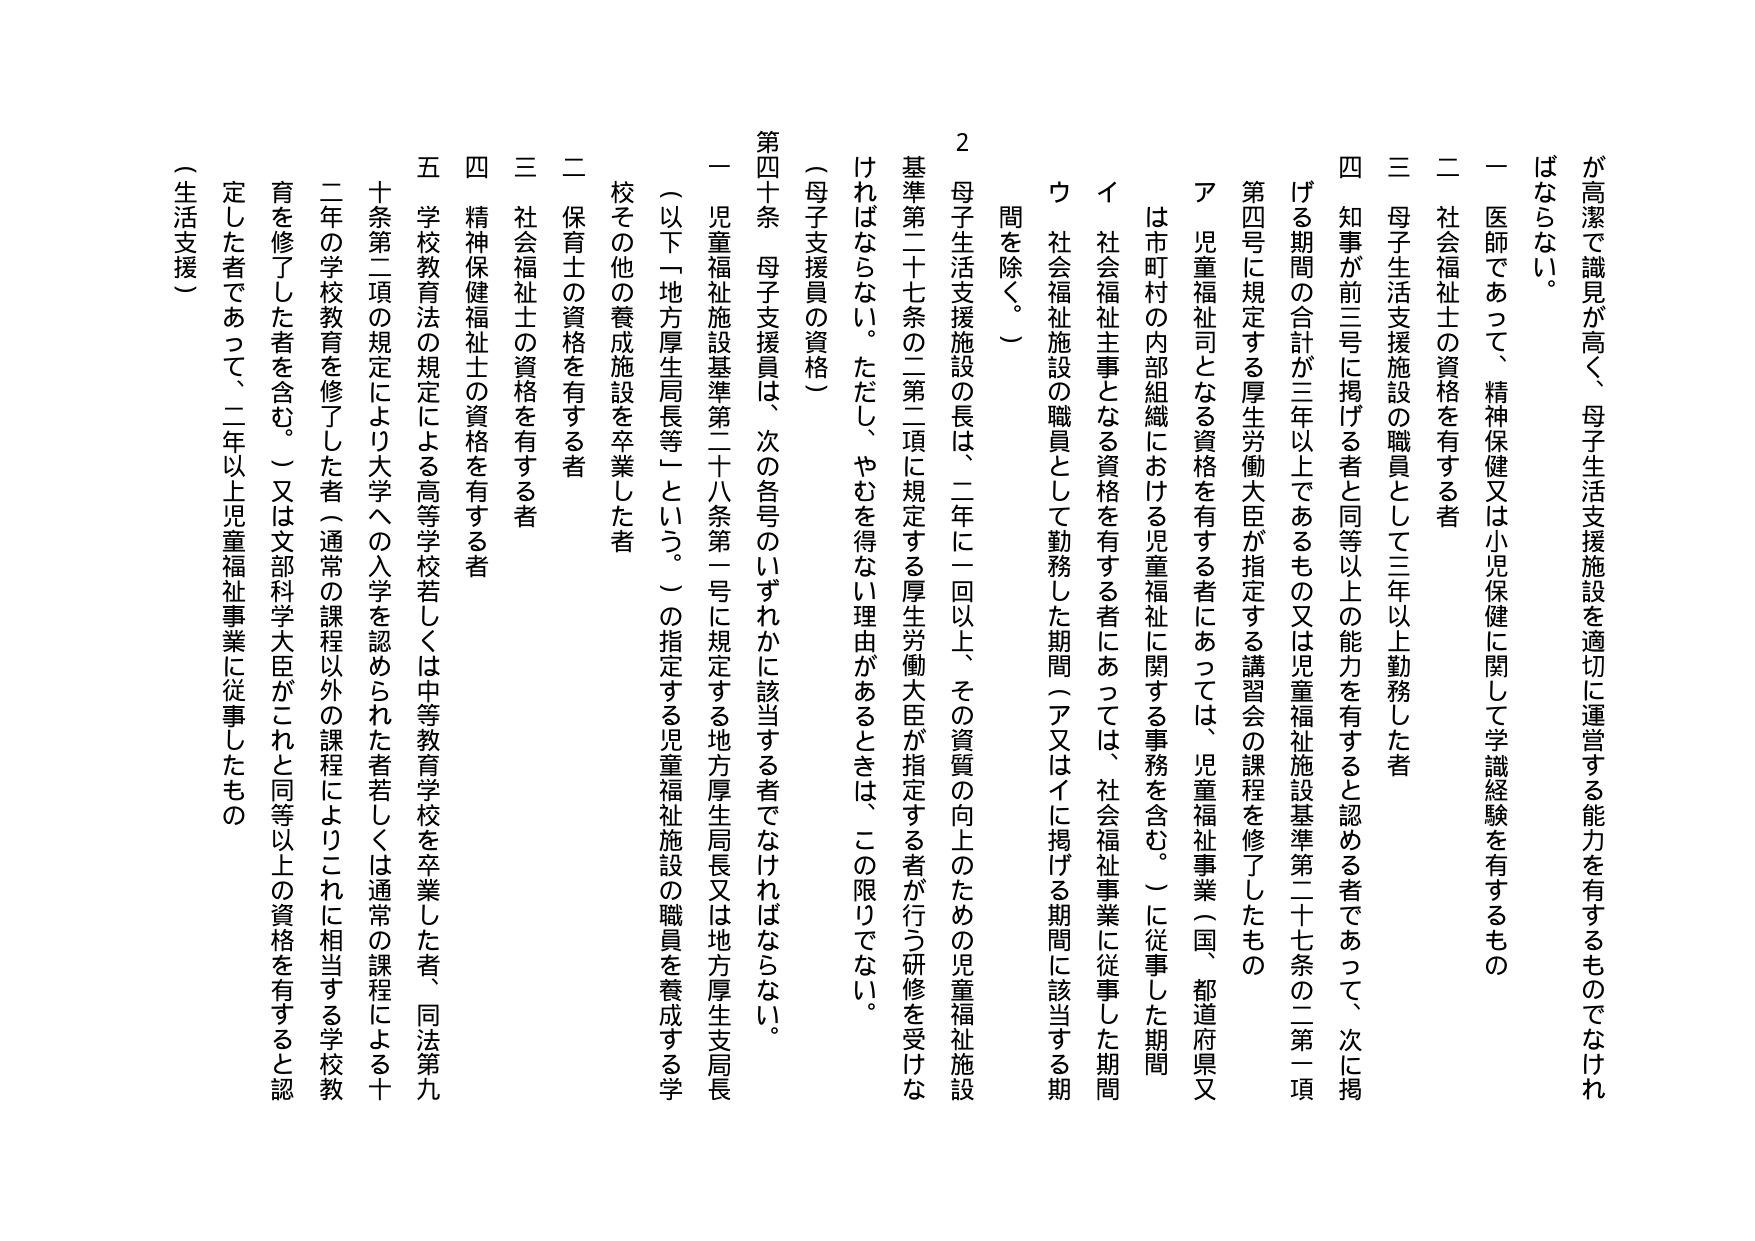
が高潔で識見が高く、母子生活支援施設を適切に運営する能力を有するものでなければならぬ。

一 医師であって、精神保健又は小児保健に関して学識経験を有するもの

二 社会福祉士の資格を有する者

三 母子生活支援施設の職員として三年以上勤務した者

四 知事が前三号に掲げる者と同等以上の能力を有すると認める者であって、次に掲げる期間の合計が三年以上であるもの又は児童福祉施設基準第二十七条の二第一項第四号に規定する厚生労働大臣が指定する講習会の課程を修了したもの

ア 児童福祉司となる資格を有する者にあっては、児童福祉事業（国、都道府県又は市町村の内部組織における児童福祉に関する事務を含む。）に従事した期間

イ 社会福祉主事となる資格を有する者にあっては、社会福祉事業に従事した期間

ウ 社会福祉施設の職員として勤務した期間（ア又はイに掲げる期間に該当する期間を除く。）

2 母子生活支援施設の長は、二年に一回以上、その資質の向上のための児童福祉施設基準第二十七条の二第二項に規定する厚生労働大臣が指定する者が行う研修を受けなければならない。ただし、やむを得ない理由があるときは、この限りでない。

（母子支援員の資格）

第四十条 母子支援員は、次の各号のいずれかに該当する者でなければならない。

一 児童福祉施設基準第二十八条第一号に規定する地方厚生局長又は地方厚生支局長（以下「地方厚生局長等」という。）の指定する児童福祉施設の職員を養成する学校その他の養成施設を卒業した者

二 保育士の資格を有する者

三 社会福祉士の資格を有する者

四 精神保健福祉士の資格を有する者

五 学校教育法の規定による高等学校若しくは中等教育学校を卒業した者、同法第九十条第二項の規定により大学への入学を認められた者若しくは通常の課程による二年の学校教育を修了した者（通常の課程以外の課程によりこれに相当する学校教育を修了した者を含む。）又は文部科学大臣がこれと同等以上の資格を有すると認定した者であって、二年以上児童福祉事業に従事したもの

（生活支援）